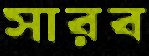
সারব